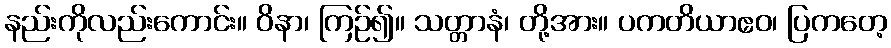
နည်းကိုလည်းကောင်း။ ဝိနာ၊ ကြဉ်၍။ သတ္တာနံ၊ တို့အား။ ပကတိယာဧဝ၊ ပြကတေ့